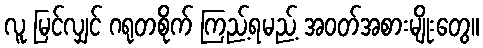
လူ မြင်လျှင် ဂရုတစိုက် ကြည့်ရမည့် အဝတ်အစားမျိုးတွေ။